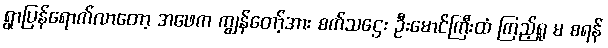
ရွာပြန်ရောက်လာတော့ အဖေက ကျွန်တော့်အား စက်သဌေး ဦးမောင်ကြီးထံ ကြည့်ရှု မ စရန်